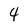
Character: 4